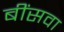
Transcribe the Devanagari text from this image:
बींसवा